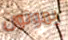
يموتون